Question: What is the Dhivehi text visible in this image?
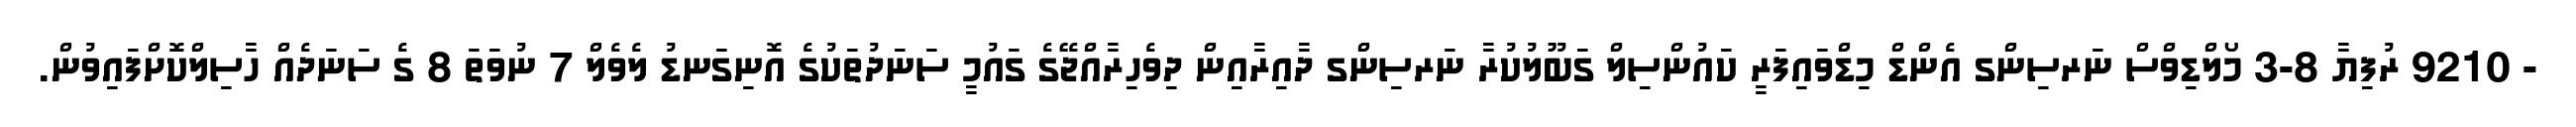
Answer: - 9210 ރުފިޔާ 8-3 މޯލްޑިވްސް ނަރސިންގ އެންޑް މިޑްވައިފަރީ ކައުންސިލް ގަބޫލުކުރާ ނަރސިންގ ދާއިރާއިން ދިވެހިރާއްޖޭގެ ގައުމީ ސަނަދުތަކުގެ އޮނިގަނޑު ލެވެލް 7 ނުވަތަ 8 ގެ ސަނަދެއް ހާސިލްކޮށްފައިވުން.